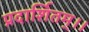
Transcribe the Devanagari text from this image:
प्रदार्शितम्।।